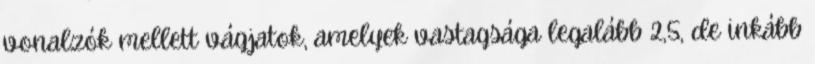
vonalzók mellett vágjatok, amelyek vastagsága legalább 2,5, de inkább